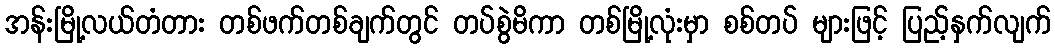
အန်းမြို့လယ်တံတား တစ်ဖက်တစ်ချက်တွင် တပ်စွဲမိကာ တစ်မြို့လုံးမှာ စစ်တပ် များဖြင့် ပြည့်နှက်လျက်